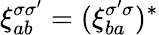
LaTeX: \xi_{ab}^{\sigma\sigma^{\prime}}=(\xi_{ba}^{\sigma^{\prime}\sigma})^{\ast}